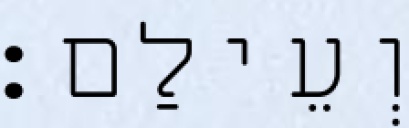
וְעֵילַם׃